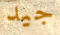
جيد